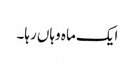
ایک ماہ وہاں رہا۔